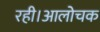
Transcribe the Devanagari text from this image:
रही।आलोचक